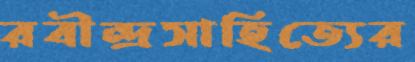
রবীন্দ্রসাহিত্যের